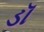
ડૉ